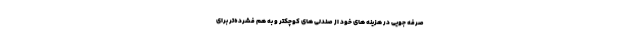
صرفه جویی در هزینه های خود از صندلی های کوچکتر و به هم فشرده‌تر برای